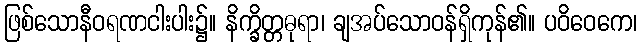
ဖြစ်သောနီဝရဏငါးပါး၌။ နိက္ခိတ္တဓုရာ၊ ချအပ်သောဝန်ရှိကုန်၏။ ပဝိဝေကေ၊